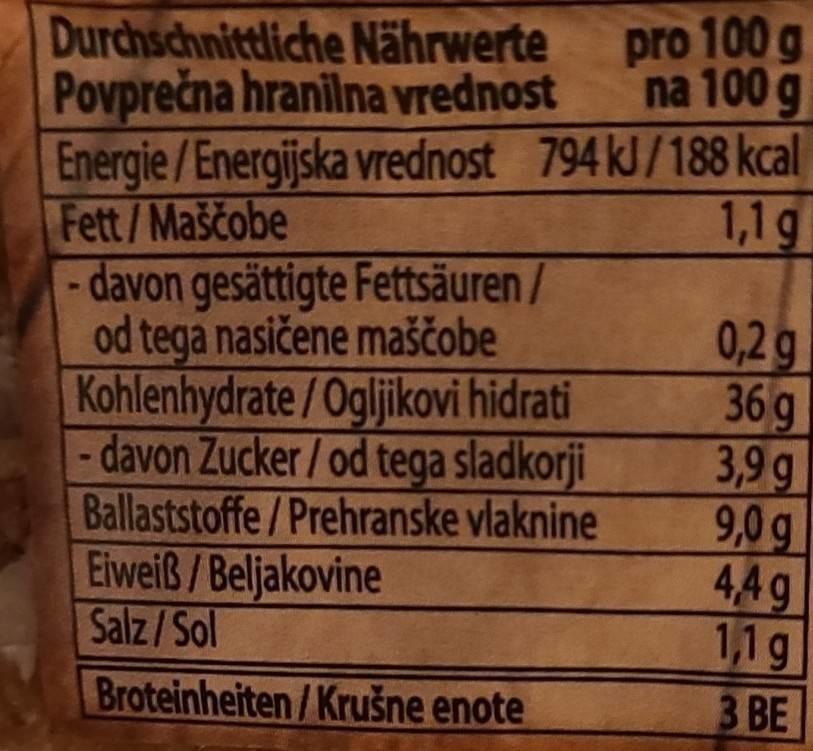
Durchschnittliche Nährwerte
Povprečna hranilna vrednost
pro 100 g na 100 g
Energie/Energijska vrednost 794 kJ/188 kcal
Fett/Maščobe
1,1 g
- davon gesättigte Fettsäuren/ od tega nasičene maščobe Kohlenhydrate/Ogljikovi hidrati - davon Zucker/ od tega sladkorji
Ballaststoffe/Prehranske vlaknine
Eiweiß/Beljakovine
Salz/Sol
Broteinheiten/Krušne enote
0,2 g 36 g
3,9g
9,0g
4,4g
1,1 g
3 BE